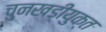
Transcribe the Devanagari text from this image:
चुनखडीयुक्त